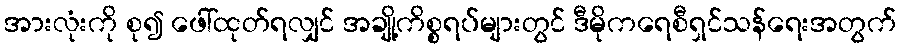
အားလုံးကို စု၍ ဖေါ်ထုတ်ရလျှင် အချို့ကိစ္စရပ်များတွင် ဒီမိုကရေစီရှင်သန်ရေးအတွက်